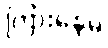
ကြားနေမဲ